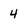
Character: 4